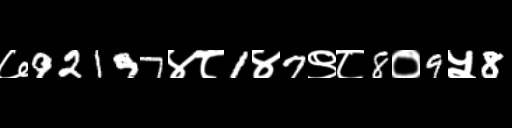
Text: ७92197४८1४7९८8०9५8